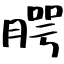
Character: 腭